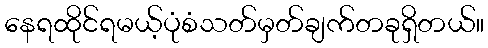
နေရထိုင်ရမယ့်ပုံစံသတ်မှတ်ချက်တခုရှိတယ်။